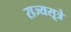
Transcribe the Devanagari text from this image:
राज्यसूत्रे